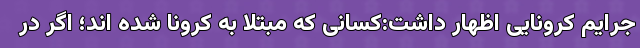
جرایم کرونایی اظهار داشت:کسانی که مبتلا به کرونا شده اند؛ اگر در